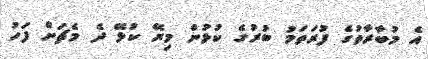
އެ މުބާރާތުގެ ފުރަތަމު ބުރުގެ ކުޅުން މިރޭ ކުޅޭ ދެ މެޗަށް ފަހު